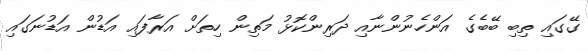
ގޭގައި ތިބި ބޭބެގެ އަންހެނުންނާއި ދަރިންކޮޅު މަތިން ހިތަށް އަރާފައި އަޑުން އަޑުނަގައި